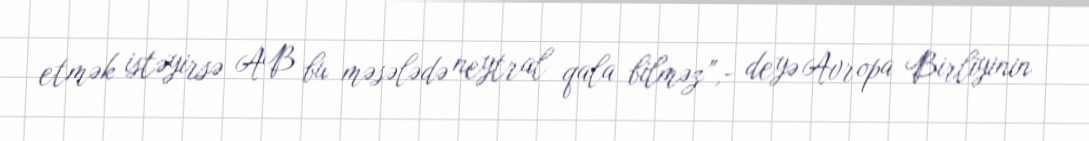
etmək istəyirsə AB bu məsələdə neytral qala bilməz”,- deyə Avropa Birliyinin